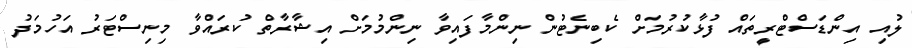
ލުއި އިންޑަސްޓްރީތައް ފުޅާކުރުމަށް ކެބިނެޓުން ނިންމާފައިވާ ނިންމުމަށް އިޝާރާތް ކުރައްވާ މިނިސްޓަރު އަހުމަދު